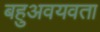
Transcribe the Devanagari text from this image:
बहुअवयवता